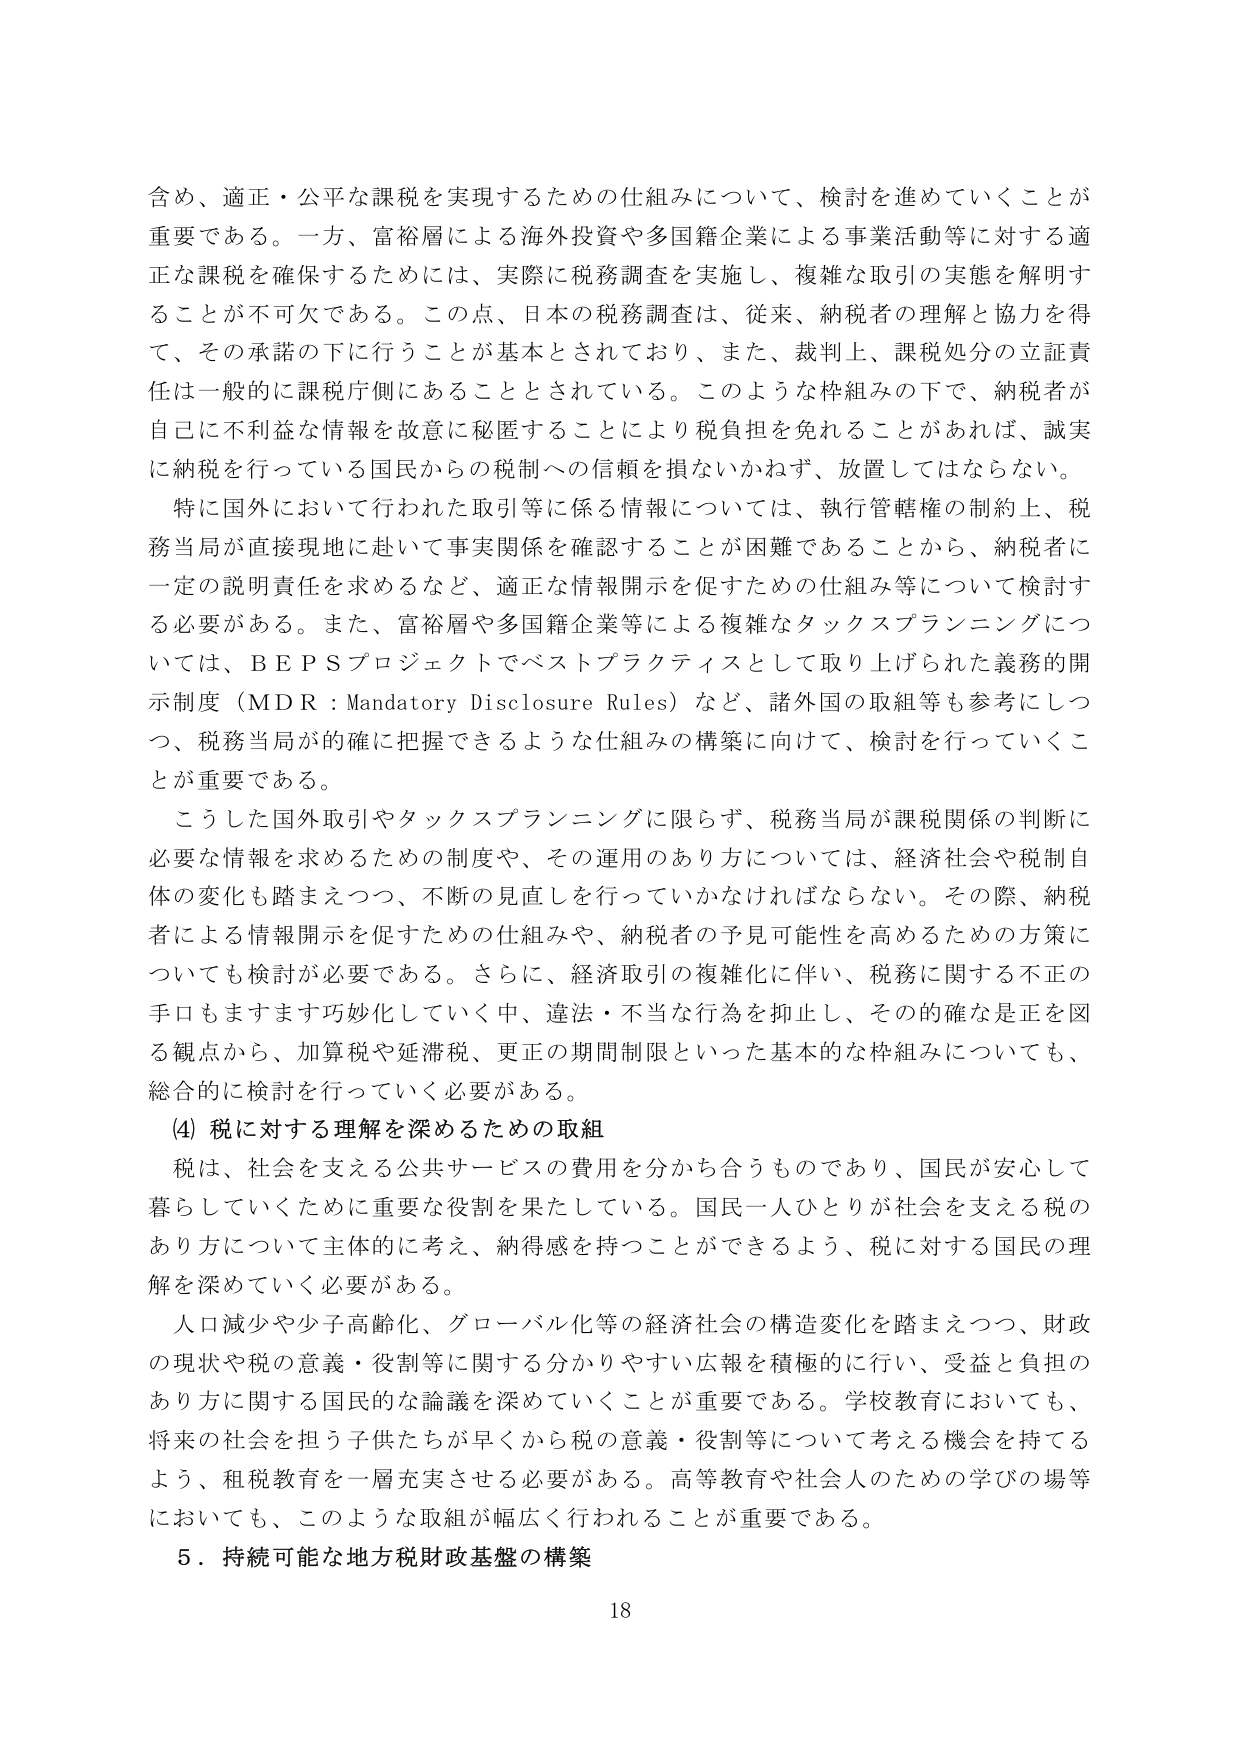
含め、適正・公平な課税を実現するための仕組みについて、検討を進めていくことが重要である。一方、富裕層による海外投資や多国籍企業による事業活動等に対する適正な課税を確保するためには、実際に税務調査を実施し、複雑な取引の実態を解明することが不可欠である。この点、日本の税務調査は、従来、納税者の理解と協力を得て、その承諾の下に行うことが基本とされており、また、裁判上、課税処分の立証責任は一般的に課税庁側にあることとされている。このような枠組みの下で、納税者が自己に不利益な情報を故意に秘匿することにより税負担を免れることがあれば、誠実に納税を行っている国民からの税制への信頼を損ないかねず、放置してはならない。

特に国外において行われた取引等に係る情報については、執行管轄権の制約上、税務当局が直接現地に赴いて事実関係を確認することが困難であることから、納税者に一定の説明責任を求めるなど、適正な情報開示を促すための仕組み等について検討する必要がある。また、富裕層や多国籍企業等による複雑なタックスプランニングについては、ＢＥＰＳプロジェクトでベストプラクティスとして取り上げられた義務の開示制度（ＭＤＲ：Mandatory Disclosure Rules）など、諸外国の取組等も参考にしつつ、税務当局が的確に把握できるような仕組みの構築に向けて、検討を行っていくことが重要である。

こうした国外取引やタックスプランニングに限らず、税務当局が課税関係の判断に必要な情報を求めるための制度や、その運用のあり方については、経済社会や税制自体の変化も踏まえつつ、不断の見直しを行っていかなければならない。その際、納税者による情報開示を促すための仕組みや、納税者の予見可能性を高めるための方策についても検討が必要である。さらに、経済取引の複雑化に伴い、税務に関する不正の手口もますます巧妙化していく中、違法・不当な行為を抑止し、その的確な是正を図る観点から、加算税や延滞税、更正の期間制限といった基本的な枠組みについても、総合的に検討を行っていく必要がある。

(4) 税に対する理解を深めるための取組

税は、社会を支える公共サービスの費用を分かち合うものであり、国民が安心して暮らしていくために重要な役割を果たしている。国民一人ひとりが社会を支える税のあり方について主体的に考え、納得感を持つことができるよう、税に対する国民の理解を深めていく必要がある。

人口減少や少子高齢化、グローバル化等の経済社会の構造変化を踏まえつつ、財政の現状や税の意義・役割等に関する分かりやすい広報を積極的に行い、受益と負担のあり方に関する国民的な論議を深めていくことが重要である。学校教育においても、将来の社会を担う子供たちが早くから税の意義・役割等について考える機会を持てるよう、租税教育を一層充実させる必要がある。高等教育や社会人のための学びの場等においても、このような取組が幅広く行われることが重要である。

５．持続可能な地方税財政基盤の構築

18